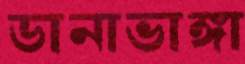
ডানাভাঙ্গা